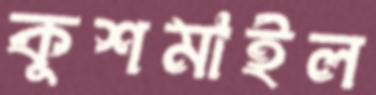
কুশমাইল